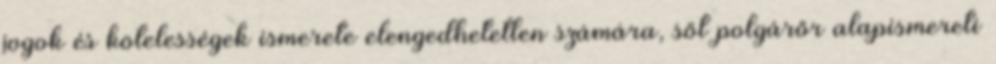
jogok és kötelességek ismerete elengedhetetlen számára, sőt polgárőr alapismereti